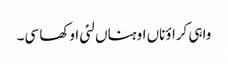
واہی کراؤناں اوہناں لئی اوکھا سی۔